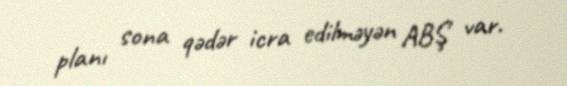
planı sona qədər icra edilməyən ABŞ var.